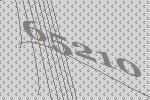
65210